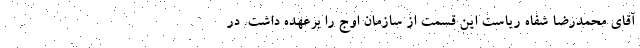
آقای محمدرضا شفاه ریاست این قسمت از سازمان اوج را برعهده داشت. در